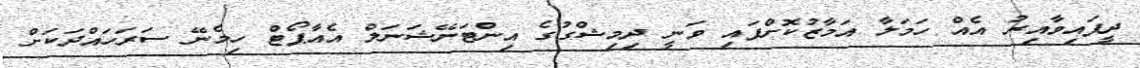
ދީފައިވާއިރު އެއް ހަމަލާ އަމާޒުކޮށްފައި ވަނީ ދިމިޝްގުގެ އިންޓަނޭޝަނަލް އެއާޕޯޓް ހިމެނޭ ސަރަހައްދަކަށް